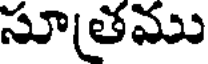
సూతము